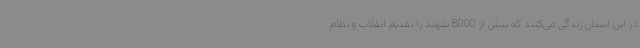
در این استان زندگی می‌کنند که بیش از 8000 شهید را تقدیم انقلاب و نظام